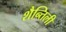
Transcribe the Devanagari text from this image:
शैन्तिली